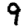
Digit: 9